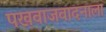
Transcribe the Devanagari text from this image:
पखवाजवादनाला